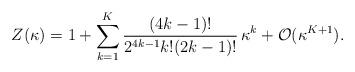
LaTeX: \begin{align*}Z(\kappa) = 1 + \sum_{k=1}^{K} {(4k-1)!\over 2^{4k-1} k! (2k-1)!}\,\kappa^{k} + {\cal O}(\kappa^{K+1}).\end{align*}